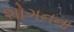
શોગનના